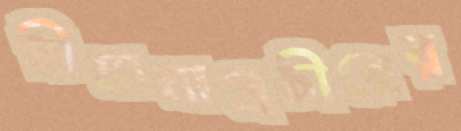
সীমানাপ্রচীরের